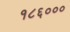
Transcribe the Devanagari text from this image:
१८६०००